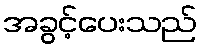
အခွင့်ပေးသည်